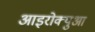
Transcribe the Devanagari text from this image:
आइरोक्युआ